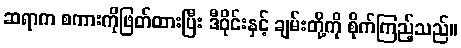
ဆရာက စကားကိုဖြတ်ထားပြီး ဒီဝိုင်းနှင့် ချမ်းတို့ကို စိုက်ကြည့်သည်။